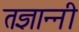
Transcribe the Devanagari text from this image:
तज्ञान्नी